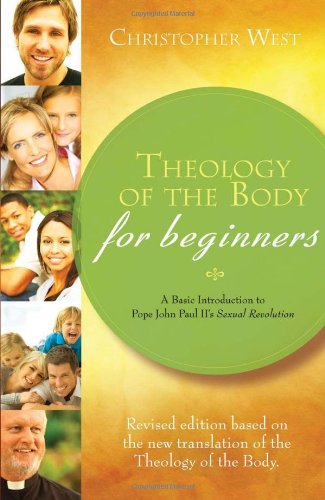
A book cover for Theology of the Body for Beginners: A Basic Introduction to Pope John Paul II's Sexual Revolution, Revised Edition; Christopher West; Computers & Technology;